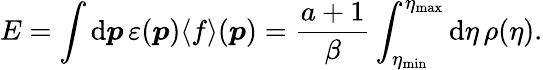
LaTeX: E=\int\mathrm{d}\boldsymbol{p}\, \varepsilon(\boldsymbol{p})\langle f\rangle(\boldsymbol{p})=\frac{a+1}{\beta}\int_{\eta_{\mathrm{min}}}^{\eta_{\mathrm{max}}}\mathrm{d}\eta\, \rho(\eta).